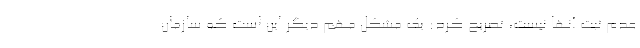
عدم ثبت آنها نیست، تصریح کرد: یک مشکل مهم دیگر این است که سازمان